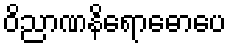
ဝိညာဏနိရောဓောပေ